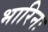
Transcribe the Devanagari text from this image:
भारिनः